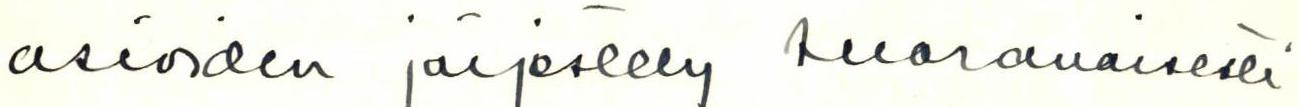
asioiden järjestely suoranaisesti